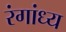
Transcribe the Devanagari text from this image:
रंगांध्य